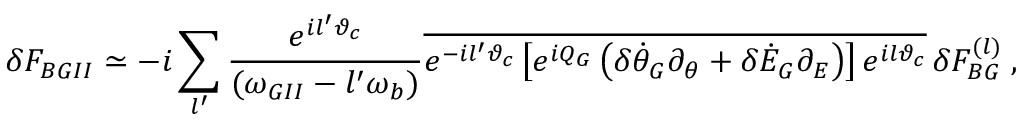
\delta F _ { B G I I } \simeq - i \sum _ { l ^ { \prime } } \frac { e ^ { i l ^ { \prime } \vartheta _ { c } } } { ( \omega _ { G I I } - l ^ { \prime } \omega _ { b } ) } \overline { { e ^ { - i l ^ { \prime } \vartheta _ { c } } \left[ e ^ { i Q _ { G } } \left( \delta \dot { \theta } _ { G } \partial _ { \theta } + \delta \dot { \cal E } _ { G } \partial _ { \cal E } \right) \right] e ^ { i l \vartheta _ { c } } } } \, \delta F _ { B G } ^ { ( l ) } \; ,